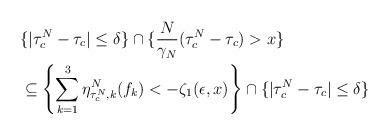
LaTeX: \begin{align*}&\{|\tau_c^N-\tau_c|\leq \delta\}\cap \{\frac{N}{\gamma_N}(\tau_c^N-\tau_c)>x\}\\&\subseteq \left\{\sum_{k=1}^3\eta^N_{\tau_c^N,k}(f_k)<-\zeta_1(\epsilon, x)\right\}\cap\{|\tau_c^N-\tau_c|\leq \delta\}\end{align*}